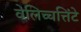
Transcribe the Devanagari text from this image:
वेलिच्चत्तिंटे